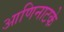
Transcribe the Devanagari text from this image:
आणिनाटके